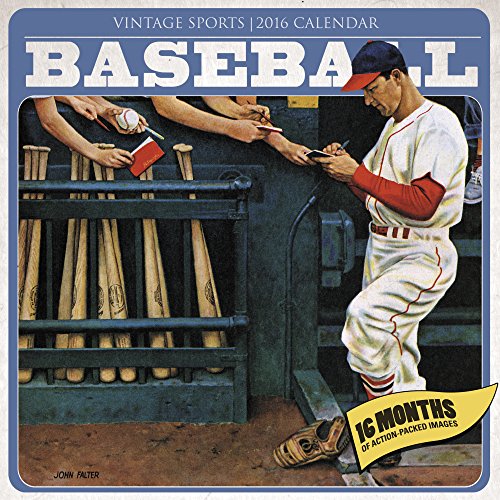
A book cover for Vintage Sports - Baseball Wall Calendar (2016); Mead; Calendars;